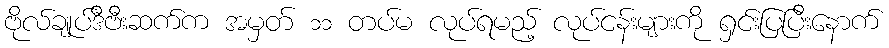
ဗိုလ်ချုပ်ဒီဗီးဆက်က အမှတ် ၁၁ တပ်မ လုပ်ရမည့် လုပ်ငန်းများကို ရှင်းပြပြီးနောက်